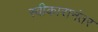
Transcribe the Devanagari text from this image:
स्वीकारानंतर